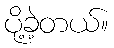
ပို့ခဲ့တယ်။